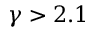
\gamma > 2 . 1